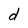
Character: d